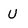
Character: U